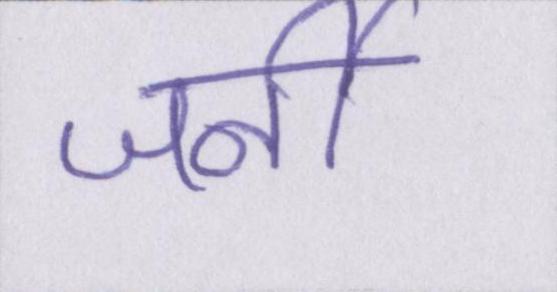
जर्नी